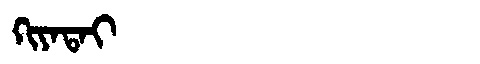
Manchu: ᡴᡳᠶᠠᡨᠠᡳ
Romanization: KIYATAI